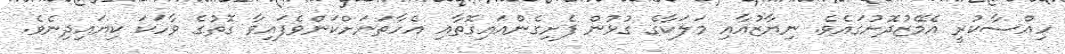
ހިއްސާކުރީ އެމޭޒުދޮށުގައެވެ. ނިޔާޒުއާއި މަލަކާގެ ގުޅުން ފެށިގެންއައިގޮތާއި އެހާތަނަށްކަންވެފައިވާ ގޮތުގެ ވާހަކަ ކިޔައިދިނެވެ.